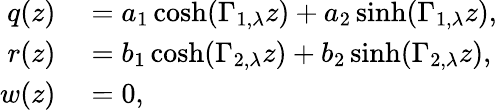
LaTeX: \begin{array}{rl}{q(z)}&{{}=a_{1}\cosh(\Gamma_{1,\lambda}z)+a_{2}\sinh(\Gamma_{1,\lambda}z),}\\ {r(z)}&{{}=b_{1}\cosh(\Gamma_{2,\lambda}z)+b_{2}\sinh(\Gamma_{2,\lambda}z),}\\ {w(z)}&{{}=0,}\end{array}